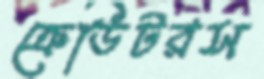
ক্রেডিটরস